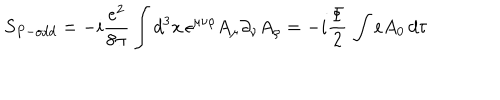
LaTeX: S _ { P - o d d } = - i \frac { e ^ { 2 } } { 8 \pi } \int d ^ { 3 } x \, \epsilon ^ { \mu \nu \rho } A _ { \mu } \partial _ { \nu } A _ { \rho } = - i \frac { \Phi } { 2 } \, \int e A _ { 0 } \, d \tau